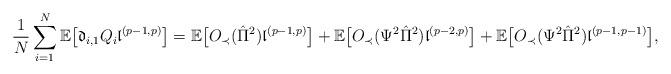
LaTeX: \begin{align*}&\frac{1}{N} \sum_{i=1}^N \mathbb{E}\big[ \mathfrak{d}_{i,1} Q_i \mathfrak{l}^{(p-1,p)}\big]=\mathbb{E}\big[O_\prec(\hat{\Pi}^2) \mathfrak{l}^{(p-1,p)}\big]+\mathbb{E}\big[O_\prec(\Psi^2\hat{\Pi}^2) \mathfrak{l}^{(p-2,p)}\big]+\mathbb{E}\big[O_\prec(\Psi^2\hat{\Pi}^2) \mathfrak{l}^{(p-1,p-1)}\big],\end{align*}